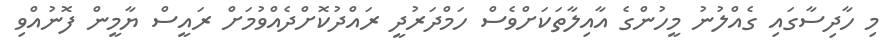
މި ހާދިސާގައި ގެއްލުނު މީހުންގެ އާއިލާތަކަށްވެސް ހަމްދަރުދީ ރައްދުކޮށްދެއްވުމަށް ރައީސް ޔާމީން ފޮނުއްވި